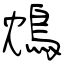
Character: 鴆